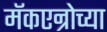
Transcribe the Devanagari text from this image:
मॅकएन्रोच्या